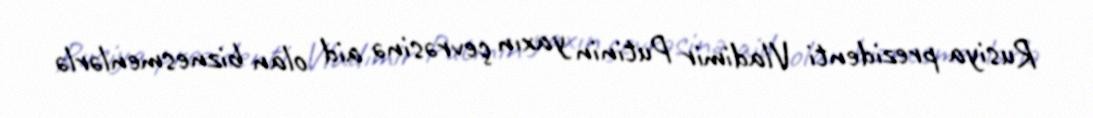
Rusiya prezidenti Vladimir Putinin yaxın çevrəsinə aid olan biznesmenlərlə